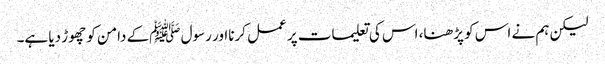
لیکن ہم نے اس کو پڑھنا، اس کی تعلیمات پر عمل کرنااور رسول ﷺکے دامن کو چھوڑ دیا ہے۔